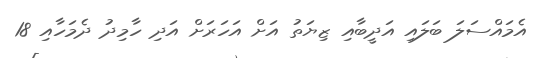
އެމައްސަލަ ބަލައި އަދީބާއި ޒިޔަތު އަށް އަހަރަށް އަދި ހާމިދު ދެމަހާއި 18